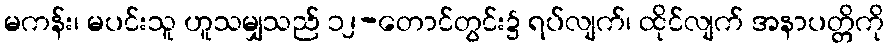
မကန်း၊ မပင်းသူ ဟူသမျှသည် ၁၂-တောင်တွင်း၌ ရပ်လျက်၊ ထိုင်လျက် အနာပတ္တိကို